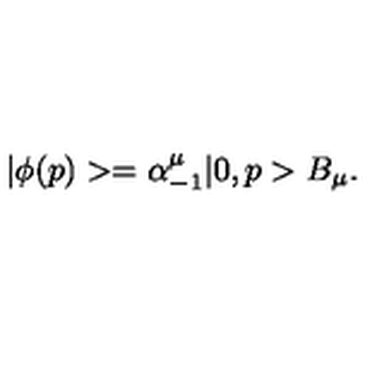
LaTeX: | \phi ( p ) > = \alpha _ { - 1 } ^ { \mu } | 0 , p > B _ { \mu } .